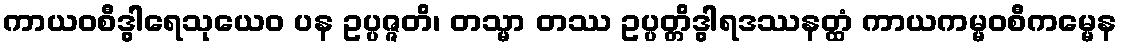
ကာယဝစီဒွါရေသုယေဝ ပန ဥပ္ပဇ္ဇတိ၊ တသ္မာ တဿ ဥပ္ပတ္တိဒွါရဒဿနတ္ထံ ကာယကမ္မဝစီကမ္မေန